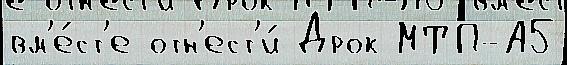
вм'е́ст'е отн'ест'и́ Дрок МТП-А5